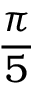
\frac { \pi } { 5 }